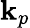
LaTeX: \mathbf{k}_{p}